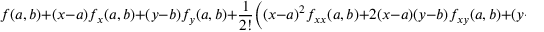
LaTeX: f ( a , b ) + ( x - a ) f _ { x } ( a , b ) + ( y - b ) f _ { y } ( a , b ) + { \frac { 1 } { 2 ! } } { \Big ( } ( x - a ) ^ { 2 } f _ { x x } ( a , b ) + 2 ( x - a ) ( y - b ) f _ { x y } ( a , b ) + ( y - b ) ^ { 2 } f _ { y y } ( a , b ) { \Big ) }